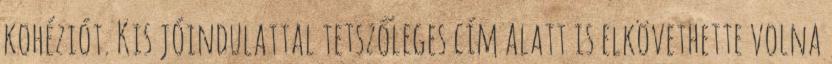
kohéziót. Kis jóindulattal tetszőleges cím alatt is elkövethette volna